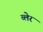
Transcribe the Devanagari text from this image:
व्‍लेर